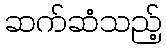
ဆက်ဆံသည့်